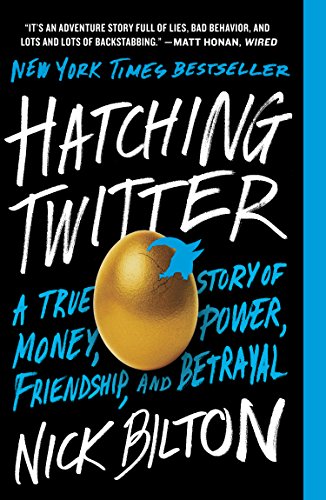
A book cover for Hatching Twitter: A True Story of Money, Power, Friendship, and Betrayal; Nick Bilton; Computers & Technology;